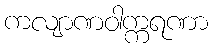
ကလျာဏဝါက္ကရဏာ